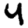
Digit: 4